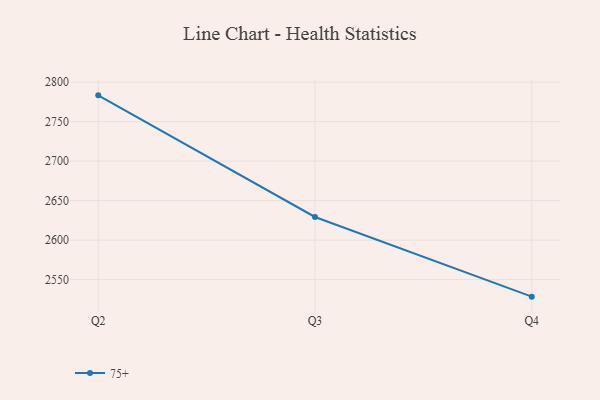
{"axis": {"x": "Quarter", "y": "Budget (USD K)"}, "legend": ["75+"], "data": [{"x": "Q2", "y": 2783.3, "type": "75+"}, {"x": "Q3", "y": 2629.3, "type": "75+"}, {"x": "Q4", "y": 2528.4, "type": "75+"}]}